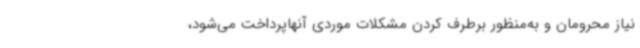
نیاز محرومان و به‌منظور برطرف کردن مشکلات موردی آنهاپرداخت می‌شود،